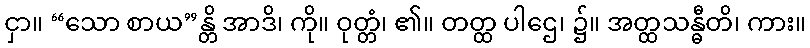
ငှာ။ “သော စာယ”န္တိ အာဒိ၊ ကို။ ဝုတ္တံ၊ ၏။ တတ္ထ ပါဌေ၊ ၌။ အတ္ထသန္ဓီတိ၊ ကား။